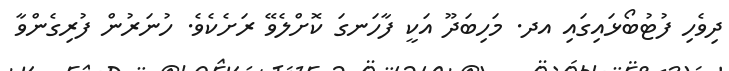
ދިވެހި ފުޓުބޯޅައިގައި އދ. މަހިބަދޫ އަކީ ފާހަނގަ ކޮށްލެވޭ ރަށެކެވެ. ހުނަރުން ފުރިގެންވާ